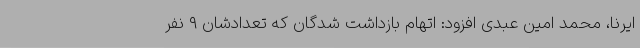
ایرنا، محمد امین عبدی افزود: اتهام بازداشت شدگان که تعدادشان ۹ نفر